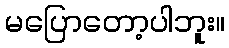
မပြောတော့ပါဘူး။